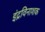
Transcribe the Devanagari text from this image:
इंद्रविनाशक